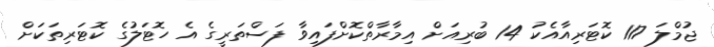
ޖުމްލަ 117 ކޮޓަރިއާއެކު 14 ބުރިއަށް އިމާރާތްކޮށްފައިވާ ފަސްތަރީގެ އެ ހޮޓަލުގެ ކޮޓަރިތަކަށް